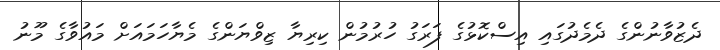
ދެޒުވާނުންގެ ދެމެދުގައި އިސްކޮޅުގެ ފަރަގު ހުރުމުން ކިރިޔާ ޒިވްޔަންގެ މެޔާހަމައަށް މައުވާގެ މޫނު